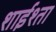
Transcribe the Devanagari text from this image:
शाईश्ता